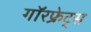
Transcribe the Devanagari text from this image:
गॉरफ्रेट्स